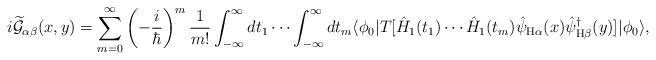
LaTeX: \begin{align*}i\widetilde{\mathcal{G}}_{\alpha \beta}(x,y)=\sum_{m=0}^{\infty}\left(-\frac{i}{\hbar}\right)^{m}\frac{1}{m!}\int_{-\infty}^{\infty}dt_{1}\cdots\int_{-\infty}^{\infty}dt_{m}\langle\phi_{0}|T[\hat{H}_{1}(t_{1})\cdots\hat{H}_{1}(t_{m})\hat{\psi}_{\mathrm{H}\alpha}(x)\hat{\psi}_{\mathrm{H}\beta}^{\dagger}(y)]|\phi_{0}\rangle,\end{align*}